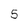
Character: 5